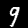
Digit: 9